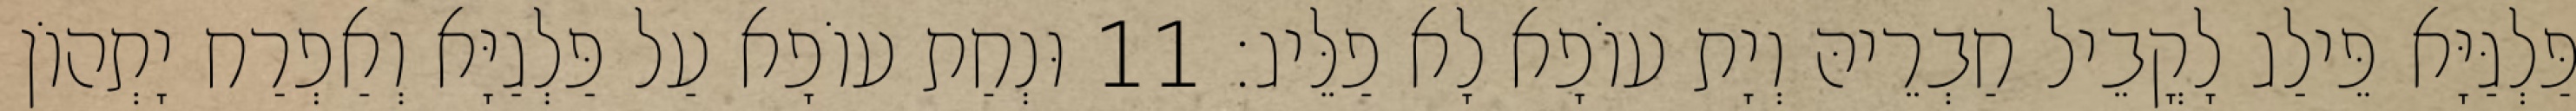
פַּלְגַּיָּא פֵּילַג לָקֳבֵיל חַבְרֵיהּ וְיָת עוֹפָא לָא פַלֵּיג׃ 11 וּנְחַת עוֹפָא עַל פַּלְגַיָּא וְאַפְרַח יָתְהוֹן